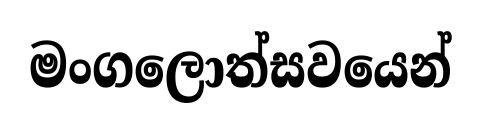
මංගලොත්සවයෙන්